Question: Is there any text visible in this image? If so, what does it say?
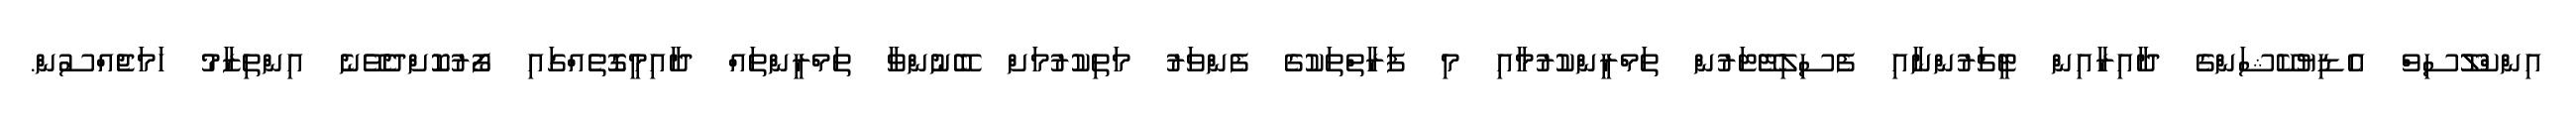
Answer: އިންކްލޫސިވް އެޑިޔުކޭޝަންގެ ދާއިރާއިން ޓީޗަރުންނާއި ފެސިލިޓޭޓަރުން ތަމްރީންކުރުމާއި މި ފަރާތްތަކުގެ ފެންވަރު މަތިކުރުމަށް ބޭނުންވާ ތަމްރީންތައް ދާއިމީގޮތެއްގައި ފޯރުކޮށްދެވޭނެ އިންތިޒާމު ހަމަޖެއްސުން.